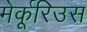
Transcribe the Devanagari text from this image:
मेर्कूरिउस